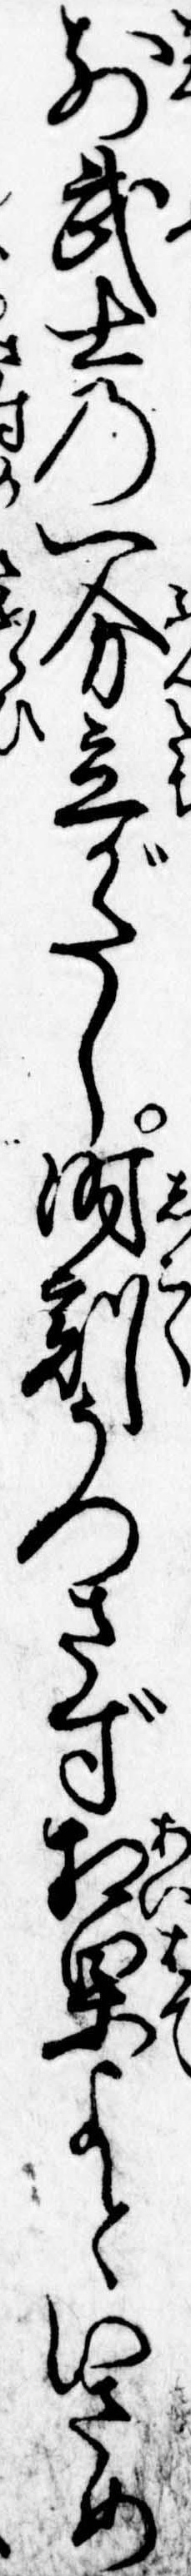
前武士の一分立がたし時刻うつさず相果よといさめ